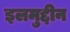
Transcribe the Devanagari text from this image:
इलमुद्दीन